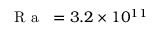
\mathrm { ~ \textit ~ { ~ R ~ a ~ } ~ } = 3 . 2 \times 1 0 ^ { 1 1 }